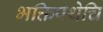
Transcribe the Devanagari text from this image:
भक्तिपंथेचि